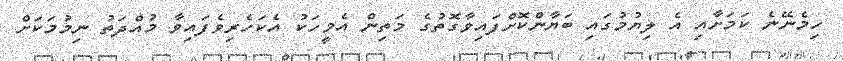
ހިމެނޭނެ ކަމަށާއި އެ ލިޔުމުގައި ބަޔާންކޮށްފައިވާގޮތުގެ މަތިން އެމީހަކު އެކަހެރިވެފައިވާ މުއްދަތު ނިމުމަކަށް